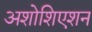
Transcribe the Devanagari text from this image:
अशोशिएशन